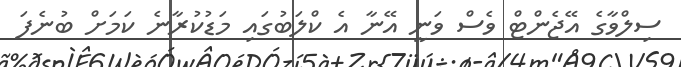
ސިލްވާގެ އޭޖެންޓް ވެސް ވަނީ އޭނާ އެ ކްލަބުގައި މަޑުކުރާނެ ކަމަށް ބުނެފަ